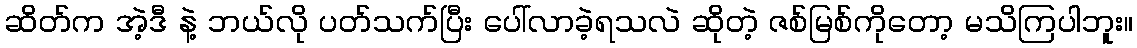
ဆိတ်က အဲ့ဒီ နဲ့ ဘယ်လို ပတ်သက်ပြီး ပေါ်လာခဲ့ရသလဲ ဆိုတဲ့ ဇစ်မြစ်ကိုတော့ မသိကြပါဘူး။